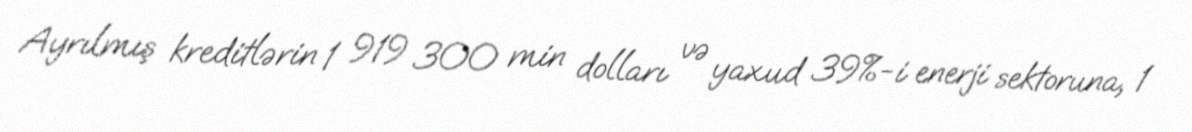
Ayrılmış kreditlərin 1 919 300 min dolları və yaxud 39%-i enerji sektoruna, 1